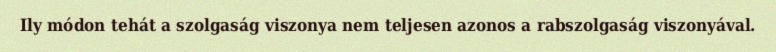
Ily módon tehát a szolgaság viszonya nem teljesen azonos a rabszolgaság viszonyával.